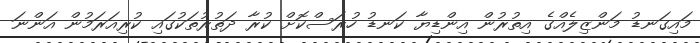
މައިގަނޑު މަންޒިލެއްގެ އިތުރުން އިންޑިޔާ ކަނޑު ހުރަސްކޮށް ކުރާ ދަތުރުތަކުގައި ކުރިއަރަމުން އަންނަ